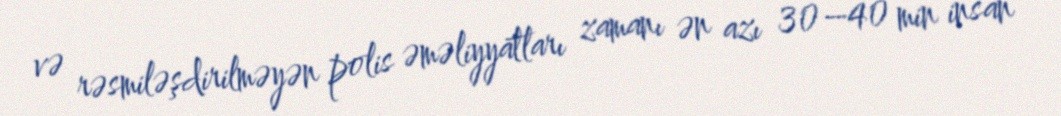
və rəsmiləşdirilməyən polis əməliyyatları zamanı ən azı 30–40 min insan